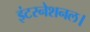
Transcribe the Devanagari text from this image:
इंटरनेशनल।